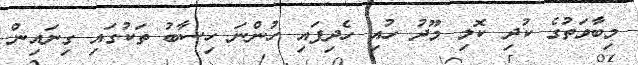
މިބާވަތުގެ ކުދި ކޮލި މޫދު ހުއި ހެދިފައި ހުންނަ ހިސާބު ތަކުގައި ގިނައިން